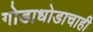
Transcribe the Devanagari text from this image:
गोडाधोडाचाही